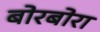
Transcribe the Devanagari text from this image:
बोरबोरा